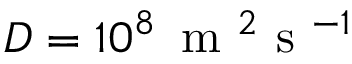
D = 1 0 ^ { 8 } \, \mathrm { ~ m ~ } ^ { 2 } \mathrm { ~ s ~ } ^ { - 1 }